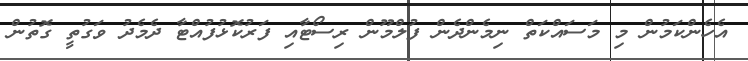
އެހެންކަމުން މި މަސައްކަތް ނިމެންދެން ފުލްމޫން ރިސޯޓާއި ފަރުކޮޅުފުއްޓާ ދެމެދު ވަގުތީ ގޮތުން